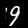
Label: 9